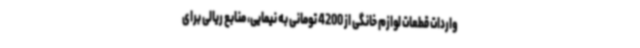
واردات قطعات لوازم خانگی از 4200 تومانی به نیمایی، منابع ریالی برای